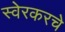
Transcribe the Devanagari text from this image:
स्वेरकरचे